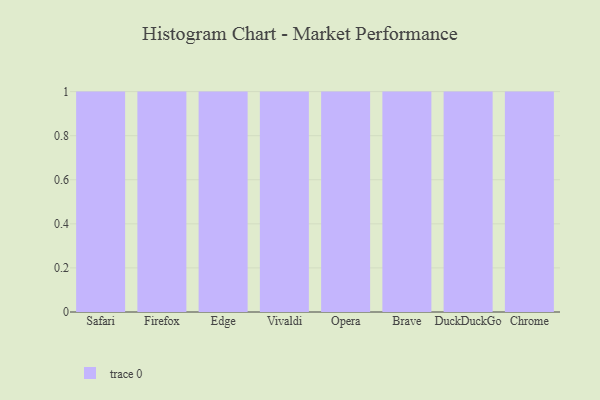
{"axis": {"x": "Browser", "y": "Energy Usage (MWh)"}, "legend": [""], "data": [{"x": "Safari", "y": 41, "type": ""}, {"x": "Firefox", "y": 58, "type": ""}, {"x": "Edge", "y": 45, "type": ""}, {"x": "Vivaldi", "y": 64, "type": ""}, {"x": "Opera", "y": 53, "type": ""}, {"x": "Brave", "y": 52, "type": ""}, {"x": "DuckDuckGo", "y": 37, "type": ""}, {"x": "Chrome", "y": 44, "type": ""}]}